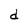
Character: d